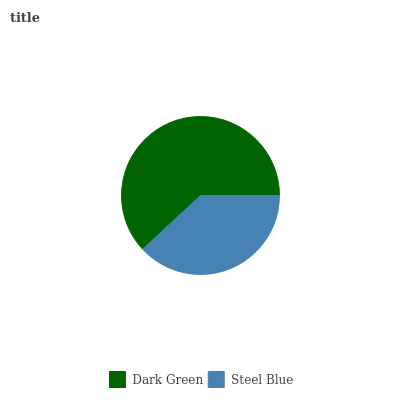
| Dark Green | Steel Blue |
 | --- | --- |
 | 61.9% | 38.1% |